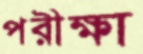
পরীক্ষা